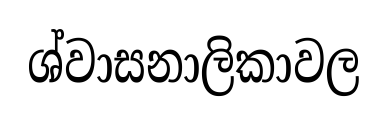
ශ්වාසනාලිකාවල